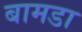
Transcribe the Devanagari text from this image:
बामडा